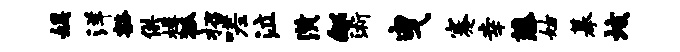
娱洋豁供樽狐招嗟泣潢郇浙曳蹇幸藤姑摹垓